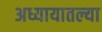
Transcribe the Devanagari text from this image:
अध्यायातल्या